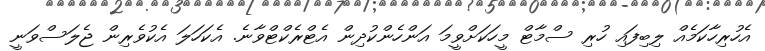
އެހުރިހާކަމެއް ލިބިފައި ހުރި ސްމާޓް މީހަކަށްވީމަ އަންހެންކުދިން އެޓްރެކްޓްވާނެ. އެކަހަލަ އެކުވެރިން ޖެލަސްވަނީ